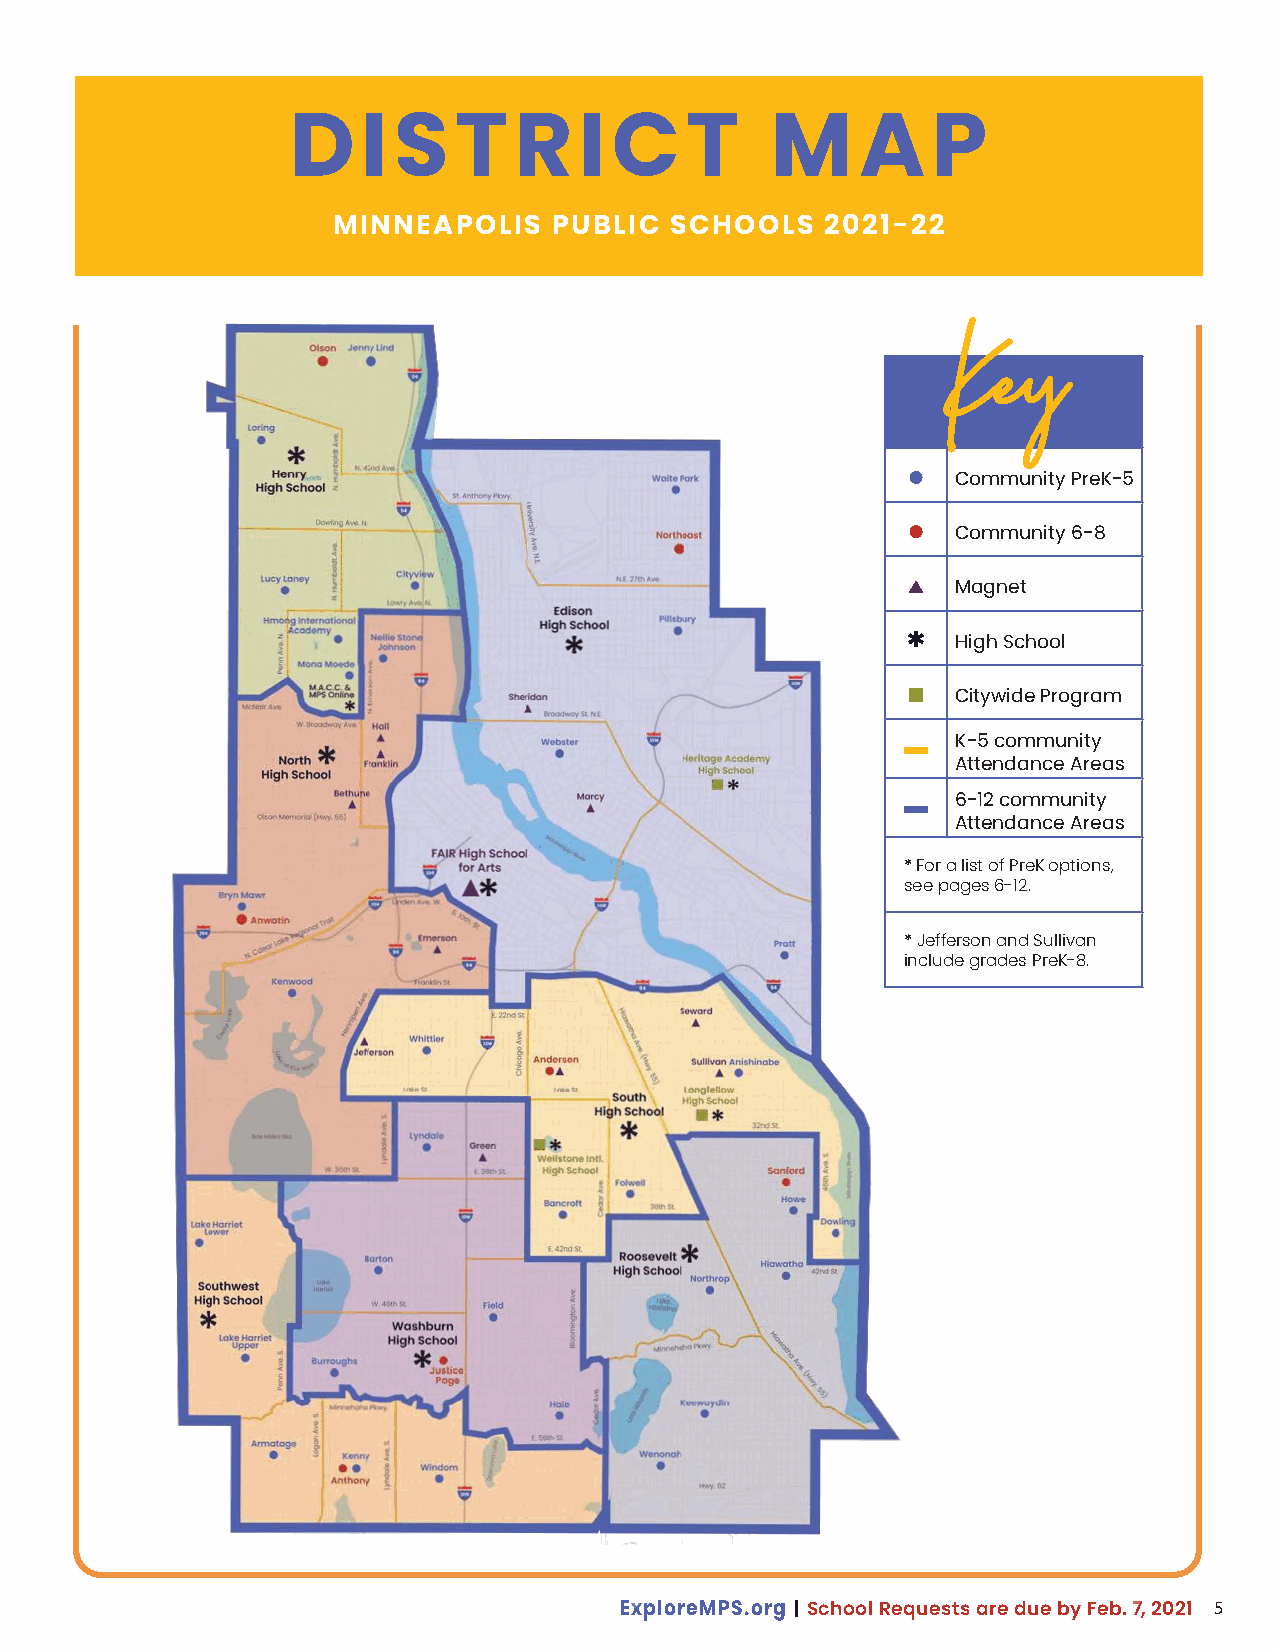
D    I S   T   R   I C    T     M     A    P
 MINNEAPOLIS    PUBLIC SCHOOLS    2021-22
 KKeeyy
 Community PreK-5
 Community 6-8
 Magnet
 High School
 Citywide Program
 K-5 community
 Attendance Areas
 6-12 community
 Attendance Areas
 * For a list of PreK options,
 see pages 6-12.
 * Jefferson and Sullivan
 include grades PreK-8.
 5
 ExploreMPS.org | School Requests are due by Feb. 7, 2021